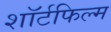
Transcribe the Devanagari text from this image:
शॉर्टफिल्म